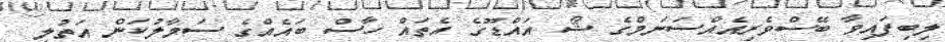
ލިބިފައިވާ ބޭސްވެރިއެއްސަނަމްގެ ޝޯ އައްޑޫގެ އެތައް ހާސް ބައެއްގެ ސަމާލުކަން އަތުލި